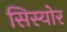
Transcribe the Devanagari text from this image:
सिस्योर